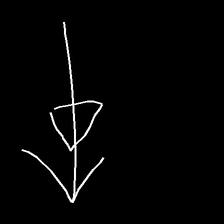
Glyph: pull